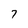
Character: 7